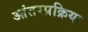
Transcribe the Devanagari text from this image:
आंतरप्रक्रिया